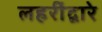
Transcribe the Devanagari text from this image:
लहरींद्वारे